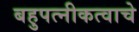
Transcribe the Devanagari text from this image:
बहुपत्‍नीकत्वाचे